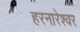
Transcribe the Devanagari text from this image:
हरनारेश्वर